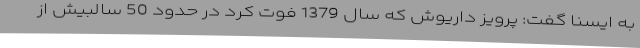
به ایسنا گفت: پرویز داریوش که سال 1379 فوت کرد در حدود 50 سالبیش از